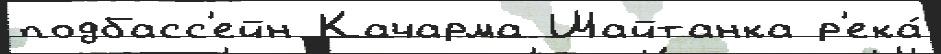
подбасс'ейн Качарма Шайтанка р'ека́